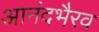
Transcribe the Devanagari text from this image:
आनंदभैरव